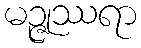
မဉ္ဇုဿရာ